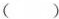
( )